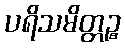
ပရိသမိတ္တဉ္စ